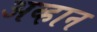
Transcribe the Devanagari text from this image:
अव्हान